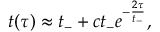
t ( \tau ) \approx t _ { - } + c t _ { - } e ^ { - \frac { 2 \tau } { t _ { - } } } ,